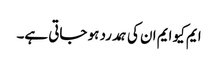
ایم کیو ایم ان کی ہمدرد ہو جاتی ہے۔